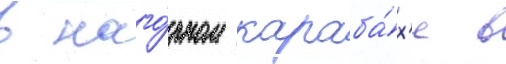
в наго́рном караба́х'е в